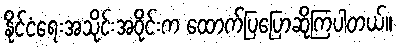
နိုင်ငံရေးအသိုင်းအဝိုင်းက ထောက်ပြပြောဆိုကြပါတယ်။